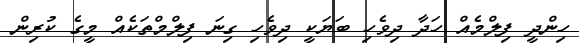
ހިންދީ ފިލްމެއް ހަދާ ދިވެހި ބަޔަކީ ދިވެހި ގިނަ ފިލްމްތަކެއް މީގެ ކުރިން